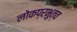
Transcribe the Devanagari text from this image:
लोकप्रभुत्व